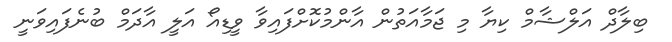
ބިލާދް އަލްޝާމް ކިޔާ މި ޖަމާއަތުން އާންމުކޮށްފައިވާ ވީޑިއޯ އަލީ އާދަމް ބުނެފައިވަނީ